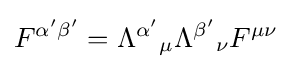
F^{\alpha '\beta '}=\Lambda ^{\alpha '}{}_{\mu }\Lambda ^{\beta '}{}_{\nu }F^{\mu \nu }